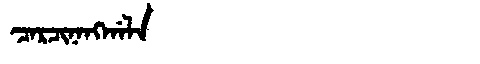
Manchu: ᠴᠠᡵᠴᡳᠨᠠᠩᡤᠠᠯᠠ
Romanization: CARCINANGGALA